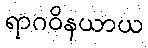
ရာဂဝိနယာယ